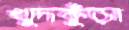
খুদকুঁড়া